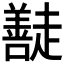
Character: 𭌠